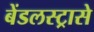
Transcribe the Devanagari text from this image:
बेंडलस्ट्रासे